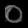
Digit: ၀